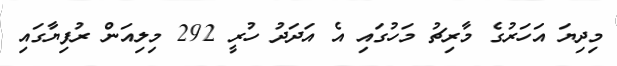
މިދިޔަ އަހަރުގެ މާރިޗު މަހުގައި އެ އަދަދު ހުރީ 292 މިލިއަން ރުފިޔާގައި